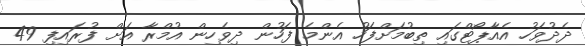
ދެދުވަހު އެއާޕޯޓްގައި ތިބުމަށްފަހު އެންމެ ފަހުން ދިވެހިން އުމްރާ އަށް ފުރައިފި 49